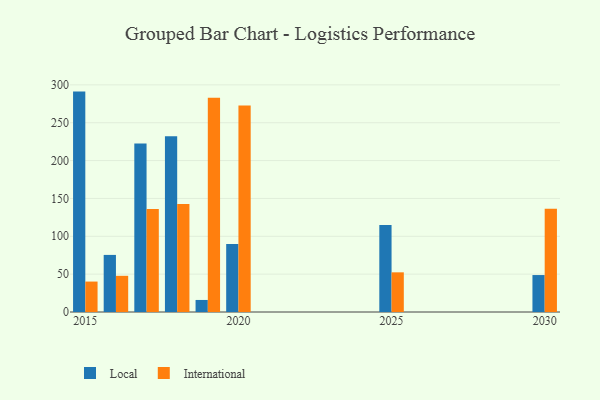
{"axis": {"x": "Year", "y": "Revenue (USD Million)"}, "legend": ["International", "Local"], "data": [{"x": "2015", "y": 291.1, "type": "Local"}, {"x": "2015", "y": 40.2, "type": "International"}, {"x": "2017", "y": 222.4, "type": "Local"}, {"x": "2017", "y": 136.0, "type": "International"}, {"x": "2018", "y": 232.1, "type": "Local"}, {"x": "2018", "y": 142.7, "type": "International"}, {"x": "2016", "y": 75.4, "type": "Local"}, {"x": "2016", "y": 47.8, "type": "International"}, {"x": "2019", "y": 15.9, "type": "Local"}, {"x": "2019", "y": 283.0, "type": "International"}, {"x": "2030", "y": 48.8, "type": "Local"}, {"x": "2030", "y": 136.3, "type": "International"}, {"x": "2020", "y": 89.7, "type": "Local"}, {"x": "2020", "y": 272.8, "type": "International"}, {"x": "2025", "y": 114.8, "type": "Local"}, {"x": "2025", "y": 52.4, "type": "International"}]}